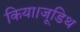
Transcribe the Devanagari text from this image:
किया।जूडिथ